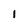
Character: I